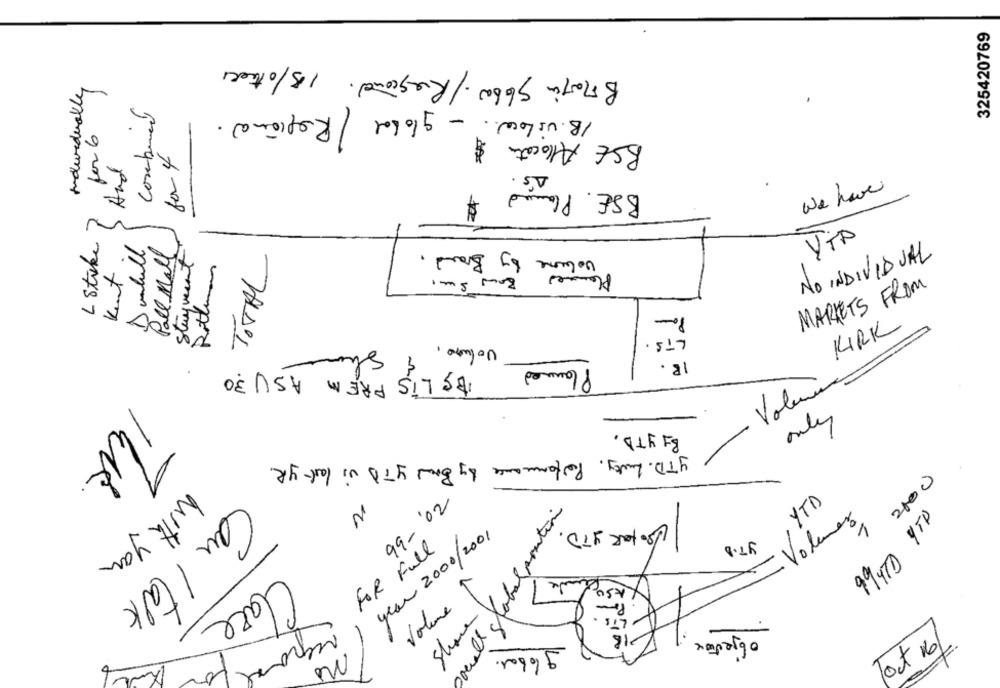
325420769
Brain sb600. / Regione. 15/0twee
combined
1B. UsLow. - global / Regional.
BSE Allocates $
for 6
R
And
BSE. Plance
We have
Stake
Dunhill
Pall Mall
volume by Brand.
VTA
Stuyvesant
in. TOTAL
NO INDIVIDUAL
Rottman
Kent
MARKETS FROM
volume.
LTS .
KIRK
& Sho
IR.
Planned BS LIS FREM ASU 30
Volume
/
By YTD.
only
yTD. Luty, Performance by Brand YTD i look yR.
2000
99-02
YTD
N
994TD 9TD
sofar ITD
Volumes
year 2000/2001
yT.D
FOR Full
With you
Po
Can I talk
Volume
Lis.
Clare
Share
objectione
global.
Tout 16/
no
00